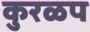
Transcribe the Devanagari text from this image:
कुरळप